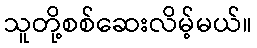
သူတို့စစ်ဆေးလိမ့်မယ်။